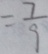
= \frac { 7 } { 9 }